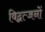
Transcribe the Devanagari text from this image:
विद्वत्जनों